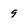
Character: 9